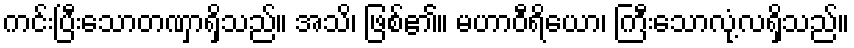
ကင်းပြီးသောတဏှာရှိသည်။ အသိ၊ ဖြစ်၏။ မဟာဝီရိယော၊ ကြီးသောလုံ့လရှိသည်။